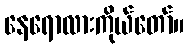
နေရောလားကိုယ်တော်။